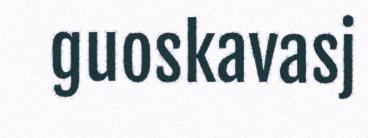
guoskavasj